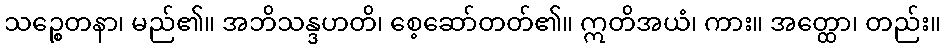
သဉ္စေတနာ၊ မည်၏။ အဘိသန္ဒဟတိ၊ စေ့ဆော်တတ်၏။ ဣတိအယံ၊ ကား။ အတ္ထော၊ တည်း။